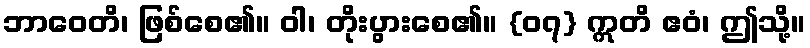
ဘာဝေတိ၊ ဖြစ်စေ၏။ ဝါ၊ တိုးပွားစေ၏။ {၀၇} ဣတိ ဧဝံ၊ ဤသို့။